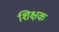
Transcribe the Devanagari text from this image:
शिक्षक